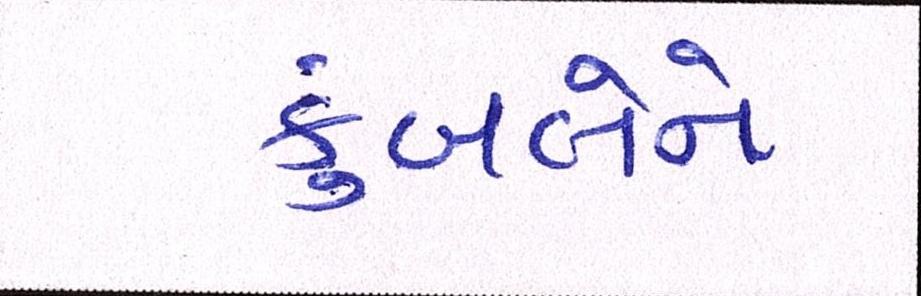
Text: કુંબલેને